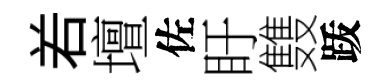
𠰥壇佐盱䨇䟦